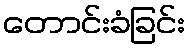
တောင်းခံခြင်း